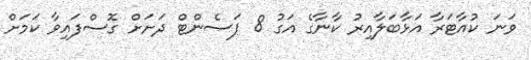
ވަނަ ކުއާޓަރާ އަޅާބަލާއިރު ކާނާގެ އަގު 8 ޕަސެންޓް ދަށަށް ގޮސްފައިވާ ކަމަށް